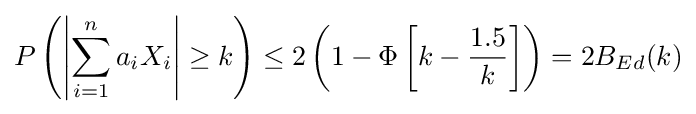
P\left(\left|\sum _{i=1}^{n}a_{i}X_{i}\right|\geq k\right)\leq 2\left(1-\Phi \left[k-{\frac {1.5}{k}}\right]\right)=2B_{Ed}(k)